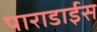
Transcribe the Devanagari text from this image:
पाराडाईस